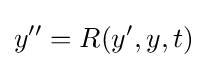
y^{\prime \prime }=R(y^{\prime },y,t)